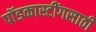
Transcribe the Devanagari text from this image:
पॉडकास्टींगसाठी